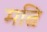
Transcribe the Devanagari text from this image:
मत्वि